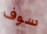
سوف